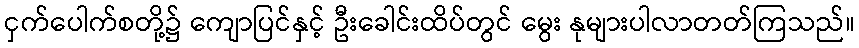
ငှက်ပေါက်စတို့၌ ကျောပြင်နှင့် ဦးခေါင်းထိပ်တွင် မွေး နုများပါလာတတ်ကြသည်။